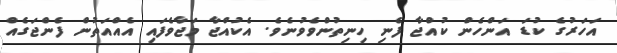
އަހަރުގެ ކުޑަ އަންހެން ކުއްޖާ ފެނި ހިނިތުންވެވުނެވެ. އެކުއްޖާ މަޖާވެފައި އެއްއަތުން ފެންޖަގެއް